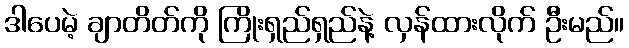
ဒါပေမဲ့ ချာတိတ်ကို ကြိုးရှည်ရှည်နဲ့ လှန်ထားလိုက် ဦးမည်။